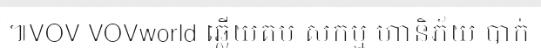
៕VOV VOVworld ឆ្លើយតប សកម្ម ហានិភ័យ បាក់